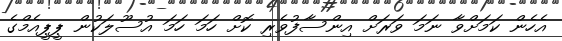
އެހެން ކަމަށްވާ ނަމަ ވަރަށް އިންސާފުވެރި ކޮށް ހަމަ ހަމަ އުސޫލަކުން ޕީޕީއެމްގެ